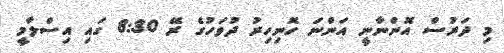
މި ދަރުސް އޮންނާނީ އަންނަ ހޮނިހިރު ދުވަހުގެ ރޭ 8:30 ގައި އިސްލާމީ